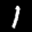
Digit: 1